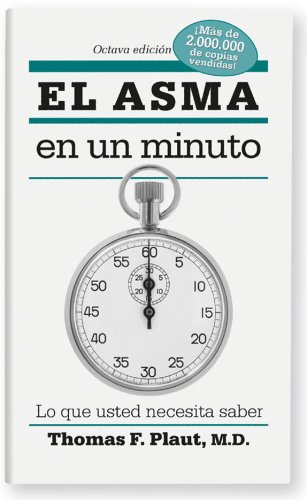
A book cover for El asma en un minuto: Lo que usted necesita saber (Spanish Edition); Thomas F. Plaut; Health, Fitness & Dieting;